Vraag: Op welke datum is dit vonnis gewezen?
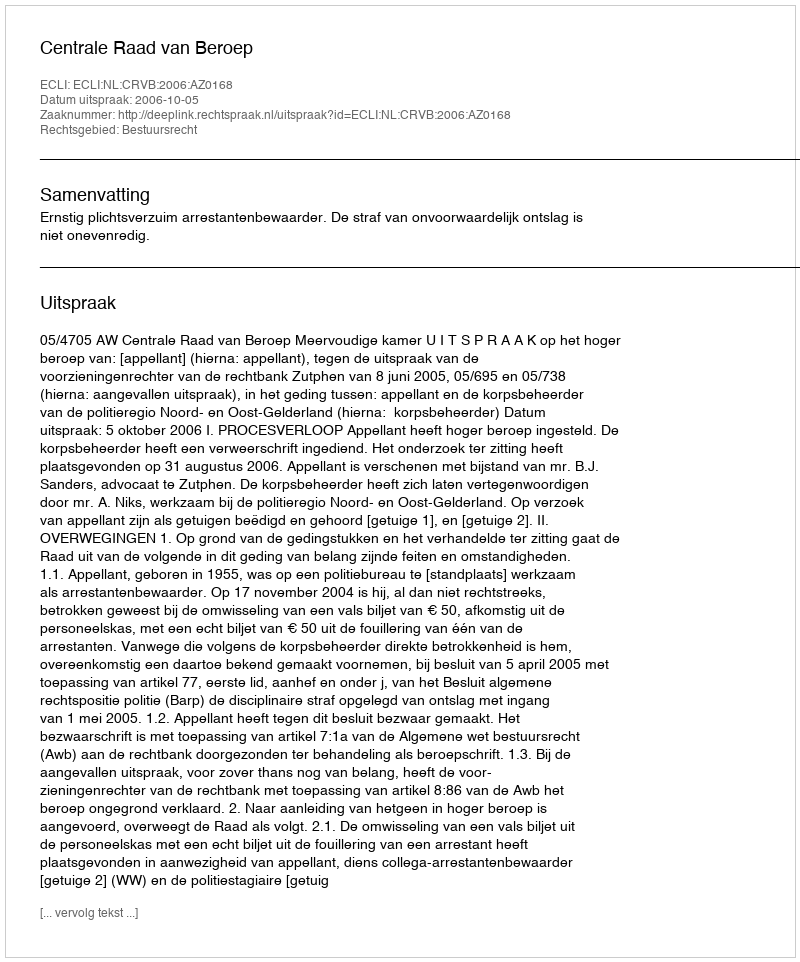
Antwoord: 2006-10-05